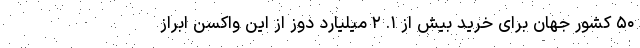
۵۰ کشور جهان برای خرید بیش از ۱. ۲ میلیارد دوز از این واکسن ابراز